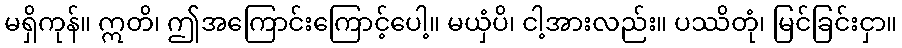
မရှိကုန်။ ဣတိ၊ ဤအကြောင်းကြောင့်ပေါ့။ မယှံပိ၊ ငါ့အားလည်း။ ပဿိတုံ၊ မြင်ခြင်းငှာ။